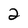
Character: 2